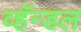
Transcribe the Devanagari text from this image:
व्हॅन्डल